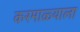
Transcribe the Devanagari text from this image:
करमाळ्याला